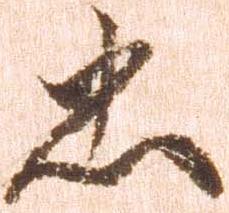
忠